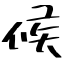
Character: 候